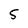
Character: 5